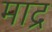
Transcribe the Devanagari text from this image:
माद्र